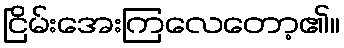
ငြိမ်းအေးကြလေတော့၏။